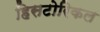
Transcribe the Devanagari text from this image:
हिसटोरिकल